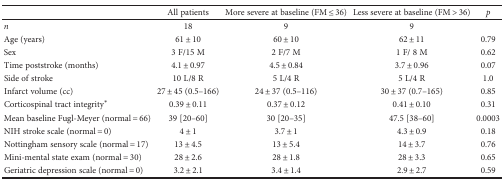
<table><thead><tr><td></td><td><b>All patients</b></td><td><b>More severe at baseline (FM ≤ 36)</b></td><td><b>Less severe at baseline (FM &gt; 36)</b></td><td><b><i>p</i></b></td></tr></thead><tbody><tr><td><i>n</i></td><td>18</td><td>9</td><td>9</td><td></td></tr><tr><td>Age (years)</td><td>61 ± 10</td><td>60 ± 10</td><td>62 ± 11</td><td>0.79</td></tr><tr><td>Sex</td><td>3 F/15 M</td><td>2 F/7 M</td><td>1 F/ 8 M</td><td>0.62</td></tr><tr><td>Time poststroke (months)</td><td>4.1 ± 0.97</td><td>4.5 ± 0.84</td><td>3.7 ± 0.96</td><td>0.07</td></tr><tr><td>Side of stroke</td><td>10 L/8 R</td><td>5 L/4 R</td><td>5 L/4 R</td><td>1.0</td></tr><tr><td>Infarct volume (cc)</td><td>27 ± 45 (0.5–166)</td><td>24 ± 37 (0.5–116)</td><td>30 ± 37 (0.7–165)</td><td>0.85</td></tr><tr><td>Corticospinal tract integrity<sup>∗</sup></td><td>0.39 ± 0.11</td><td>0.37 ± 0.12</td><td>0.41 ± 0.10</td><td>0.31</td></tr><tr><td>Mean baseline Fugl-Meyer (normal = 66)</td><td>39 [20–60]</td><td>30 [20–35]</td><td>47.5 [38–60]</td><td>0.0003</td></tr><tr><td>NIH stroke scale (normal = 0)</td><td>4 ± 1</td><td>3.7 ± 1</td><td>4.3 ± 0.9</td><td>0.18</td></tr><tr><td>Nottingham sensory scale (normal = 17)</td><td>13 ± 4.5</td><td>13 ± 5.4</td><td>14 ± 3.7</td><td>0.76</td></tr><tr><td>Mini-mental state exam (normal = 30)</td><td>28 ± 2.6</td><td>28 ± 1.8</td><td>28 ± 3.3</td><td>0.65</td></tr><tr><td>Geriatric depression scale (normal = 0)</td><td>3.2 ± 2.1</td><td>3.4 ± 1.4</td><td>2.9 ± 2.7</td><td>0.59</td></tr></tbody></table>